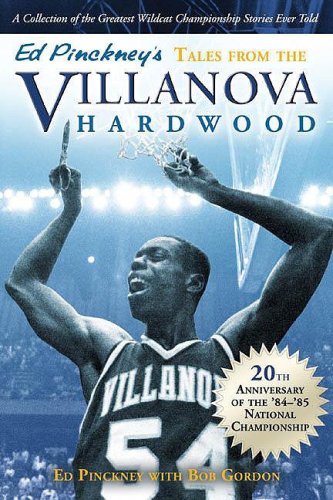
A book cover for Ed Pinckney's Tales from the Villanova Hardwood; Ed Pinckney; Sports & Outdoors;